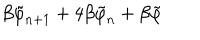
LaTeX: \beta \tilde { \varphi } _ { n + 1 } + 4 \beta \tilde { \varphi } _ { n } + \beta \tilde { \varphi }